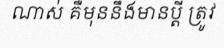
ណាស់ គឺមុននឹងមានប្តី ត្រូវ